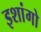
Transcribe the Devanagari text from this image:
इशांगो